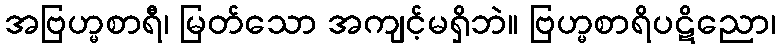
အဗြဟ္မစာရီ၊ မြတ်သော အကျင့်မရှိဘဲ။ ဗြဟ္မစာရိပဋိညော၊